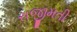
રાજીમતી